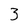
Character: 3